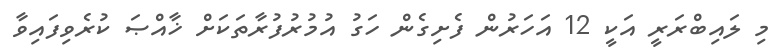
މި ލައިބްރަރީ އަކީ 12 އަހަރުން ފެށިގެން ހަގު އުމުރުފުރާތަކަށް ޚާއްޞަ ކުރެވިފައިވާ